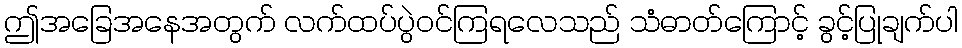
ဤအခြေအနေအတွက် လက်ထပ်ပွဲဝင်ကြရလေသည် သံဓာတ်ကြောင့် ခွင့်ပြုချက်ပါ